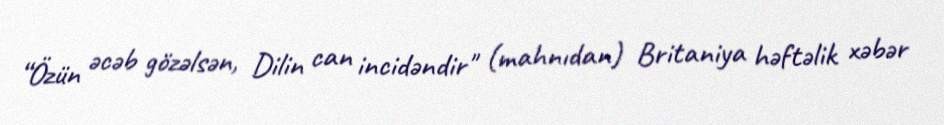
“Özün əcəb gözəlsən, Dilin can incidəndir" (mahnıdan) Britaniya həftəlik xəbər